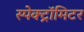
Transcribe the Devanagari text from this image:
स्पेक्ट्रॉमिटर